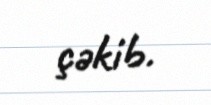
çəkib.